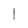
Character: 1